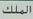
الملك